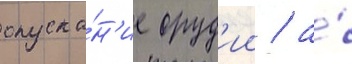
опуска́н'ие оруд'ии / а́